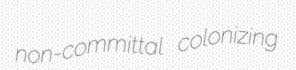
non-committal colonizing